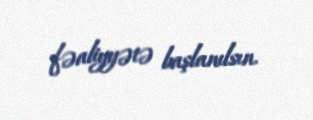
fəaliyyətə başlanılsın.